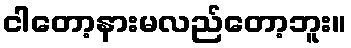
ငါတော့နားမလည်တော့ဘူး။